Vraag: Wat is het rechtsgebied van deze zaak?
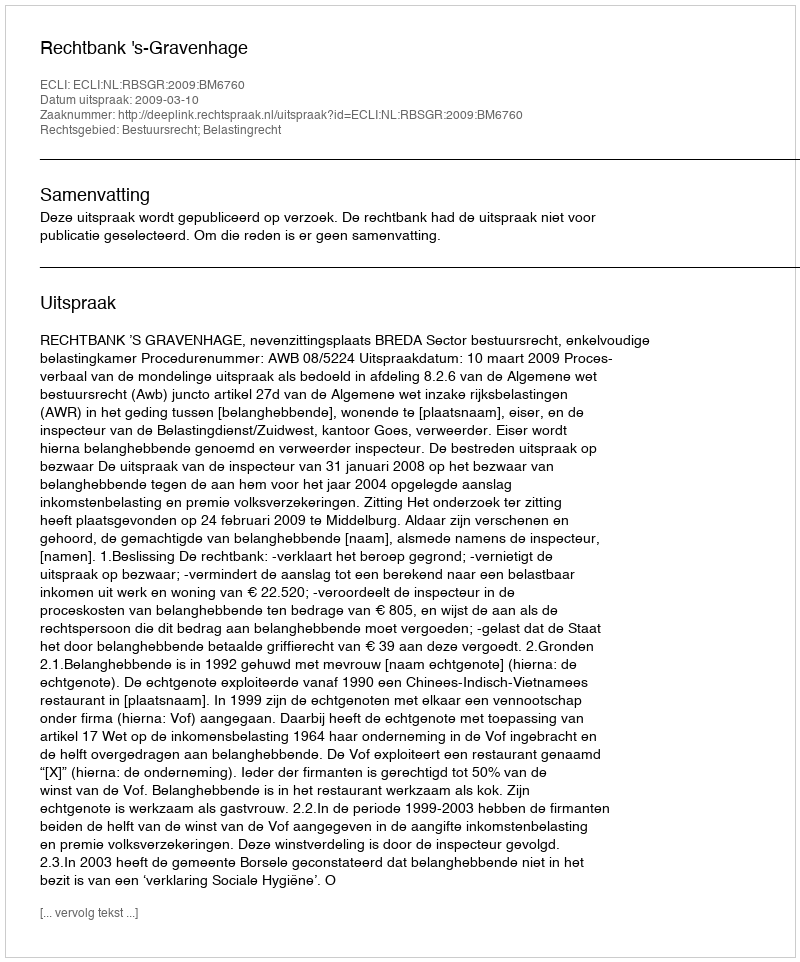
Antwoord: Bestuursrecht; Belastingrecht